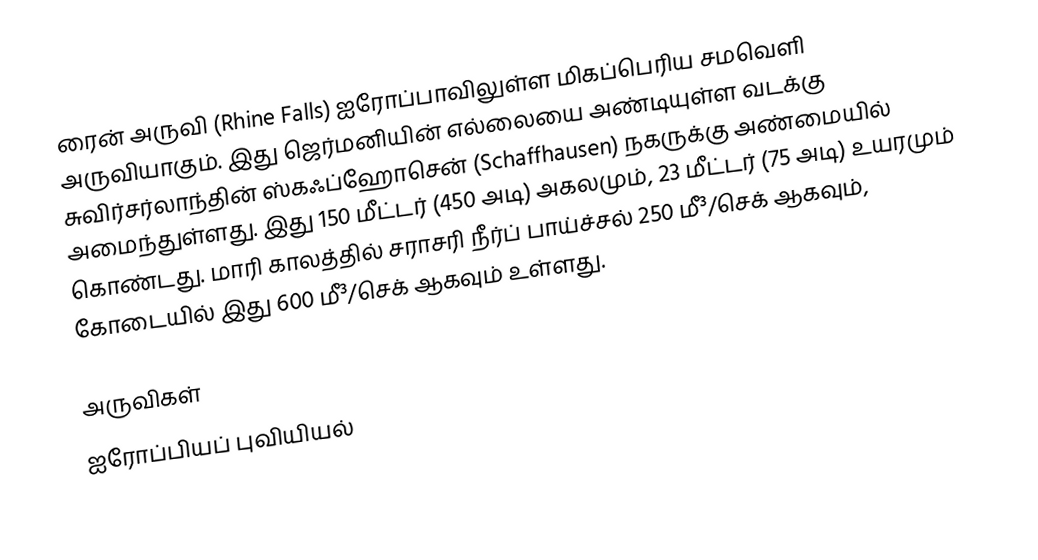
ரைன் அருவி (Rhine Falls) ஐரோப்பாவிலுள்ள மிகப்பெரிய சமவெளி அருவியாகும். இது ஜெர்மனியின் எல்லையை அண்டியுள்ள வடக்கு சுவிர்சர்லாந்தின் ஸ்கஃப்ஹோசென் (Schaffhausen) நகருக்கு அண்மையில் அமைந்துள்ளது. இது 150 மீட்டர் (450 அடி) அகலமும், 23 மீட்டர் (75 அடி) உயரமும் கொண்டது. மாரி காலத்தில் சராசரி நீர்ப் பாய்ச்சல் 250 மீ³/செக் ஆகவும், கோடையில் இது 600 மீ³/செக் ஆகவும் உள்ளது.

அருவிகள்
ஐரோப்பியப் புவியியல்